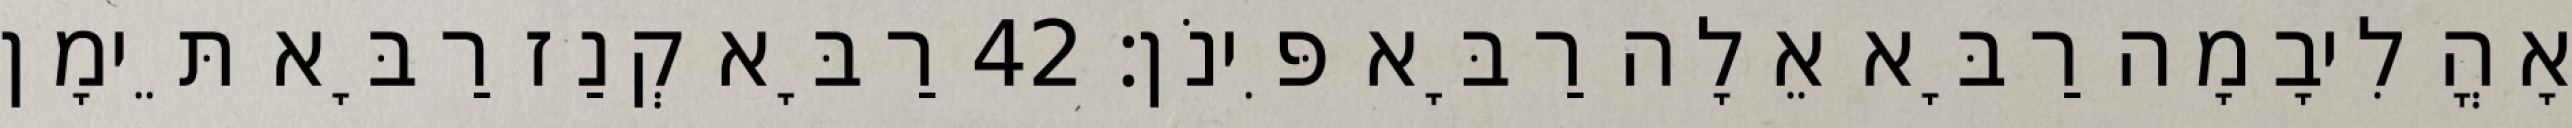
אָהֳלִיבָמָה רַבָּא אֵלָה רַבָּא פִּינֹן׃ 42 רַבָּא קְנַז רַבָּא תֵּימָן